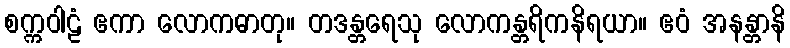
စက္ကဝါဠံ ဧကာ လောကဓာတု။ တဒန္တရေသု လောကန္တရိကနိရယာ။ ဧဝံ အနန္တာနိ